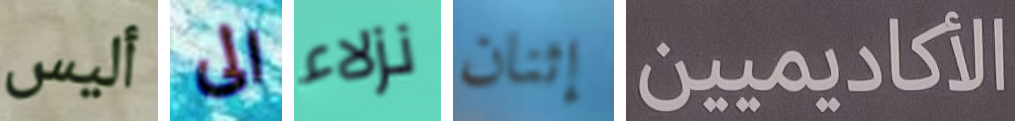
أليس الى نزلاء إثنان الأكاديميين